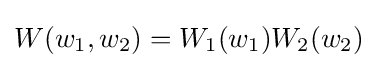
W(w_{1},w_{2})=W_{1}(w_{1})W_{2}(w_{2})